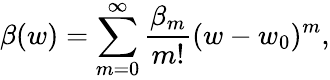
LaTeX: \beta(w)=\sum_{m=0}^{\infty}\frac{\beta_{m}}{m!}(w-w_{0})^{m},